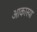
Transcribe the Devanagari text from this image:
आकास्या